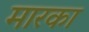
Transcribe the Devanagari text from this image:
मारका